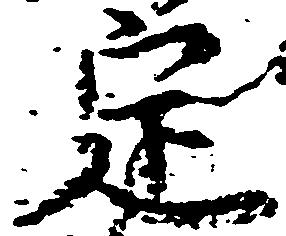
定